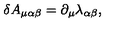
\delta A _ { \mu \alpha \beta } = \partial _ { \mu } \lambda _ { \alpha \beta } ,